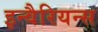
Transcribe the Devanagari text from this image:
इन्वैरियन्स